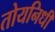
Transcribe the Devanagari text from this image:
तोयनिधी